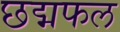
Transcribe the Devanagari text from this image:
छद्मफल